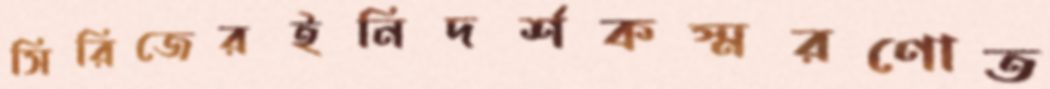
সিরিজেরইনিদর্শকস্মরণোত